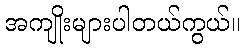
အကျိုးများပါတယ်ကွယ်။